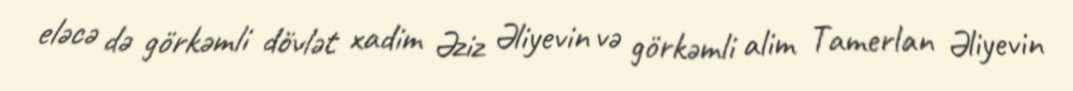
eləcə də görkəmli dövlət xadim Əziz Əliyevin və görkəmli alim Tamerlan Əliyevin